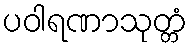
ပဝါရဏာသုတ္တံ